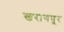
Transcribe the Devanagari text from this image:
खरागपूर